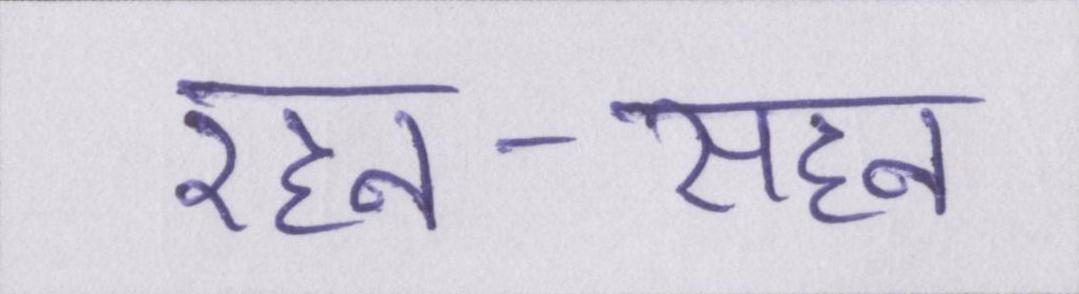
रहन-सहन